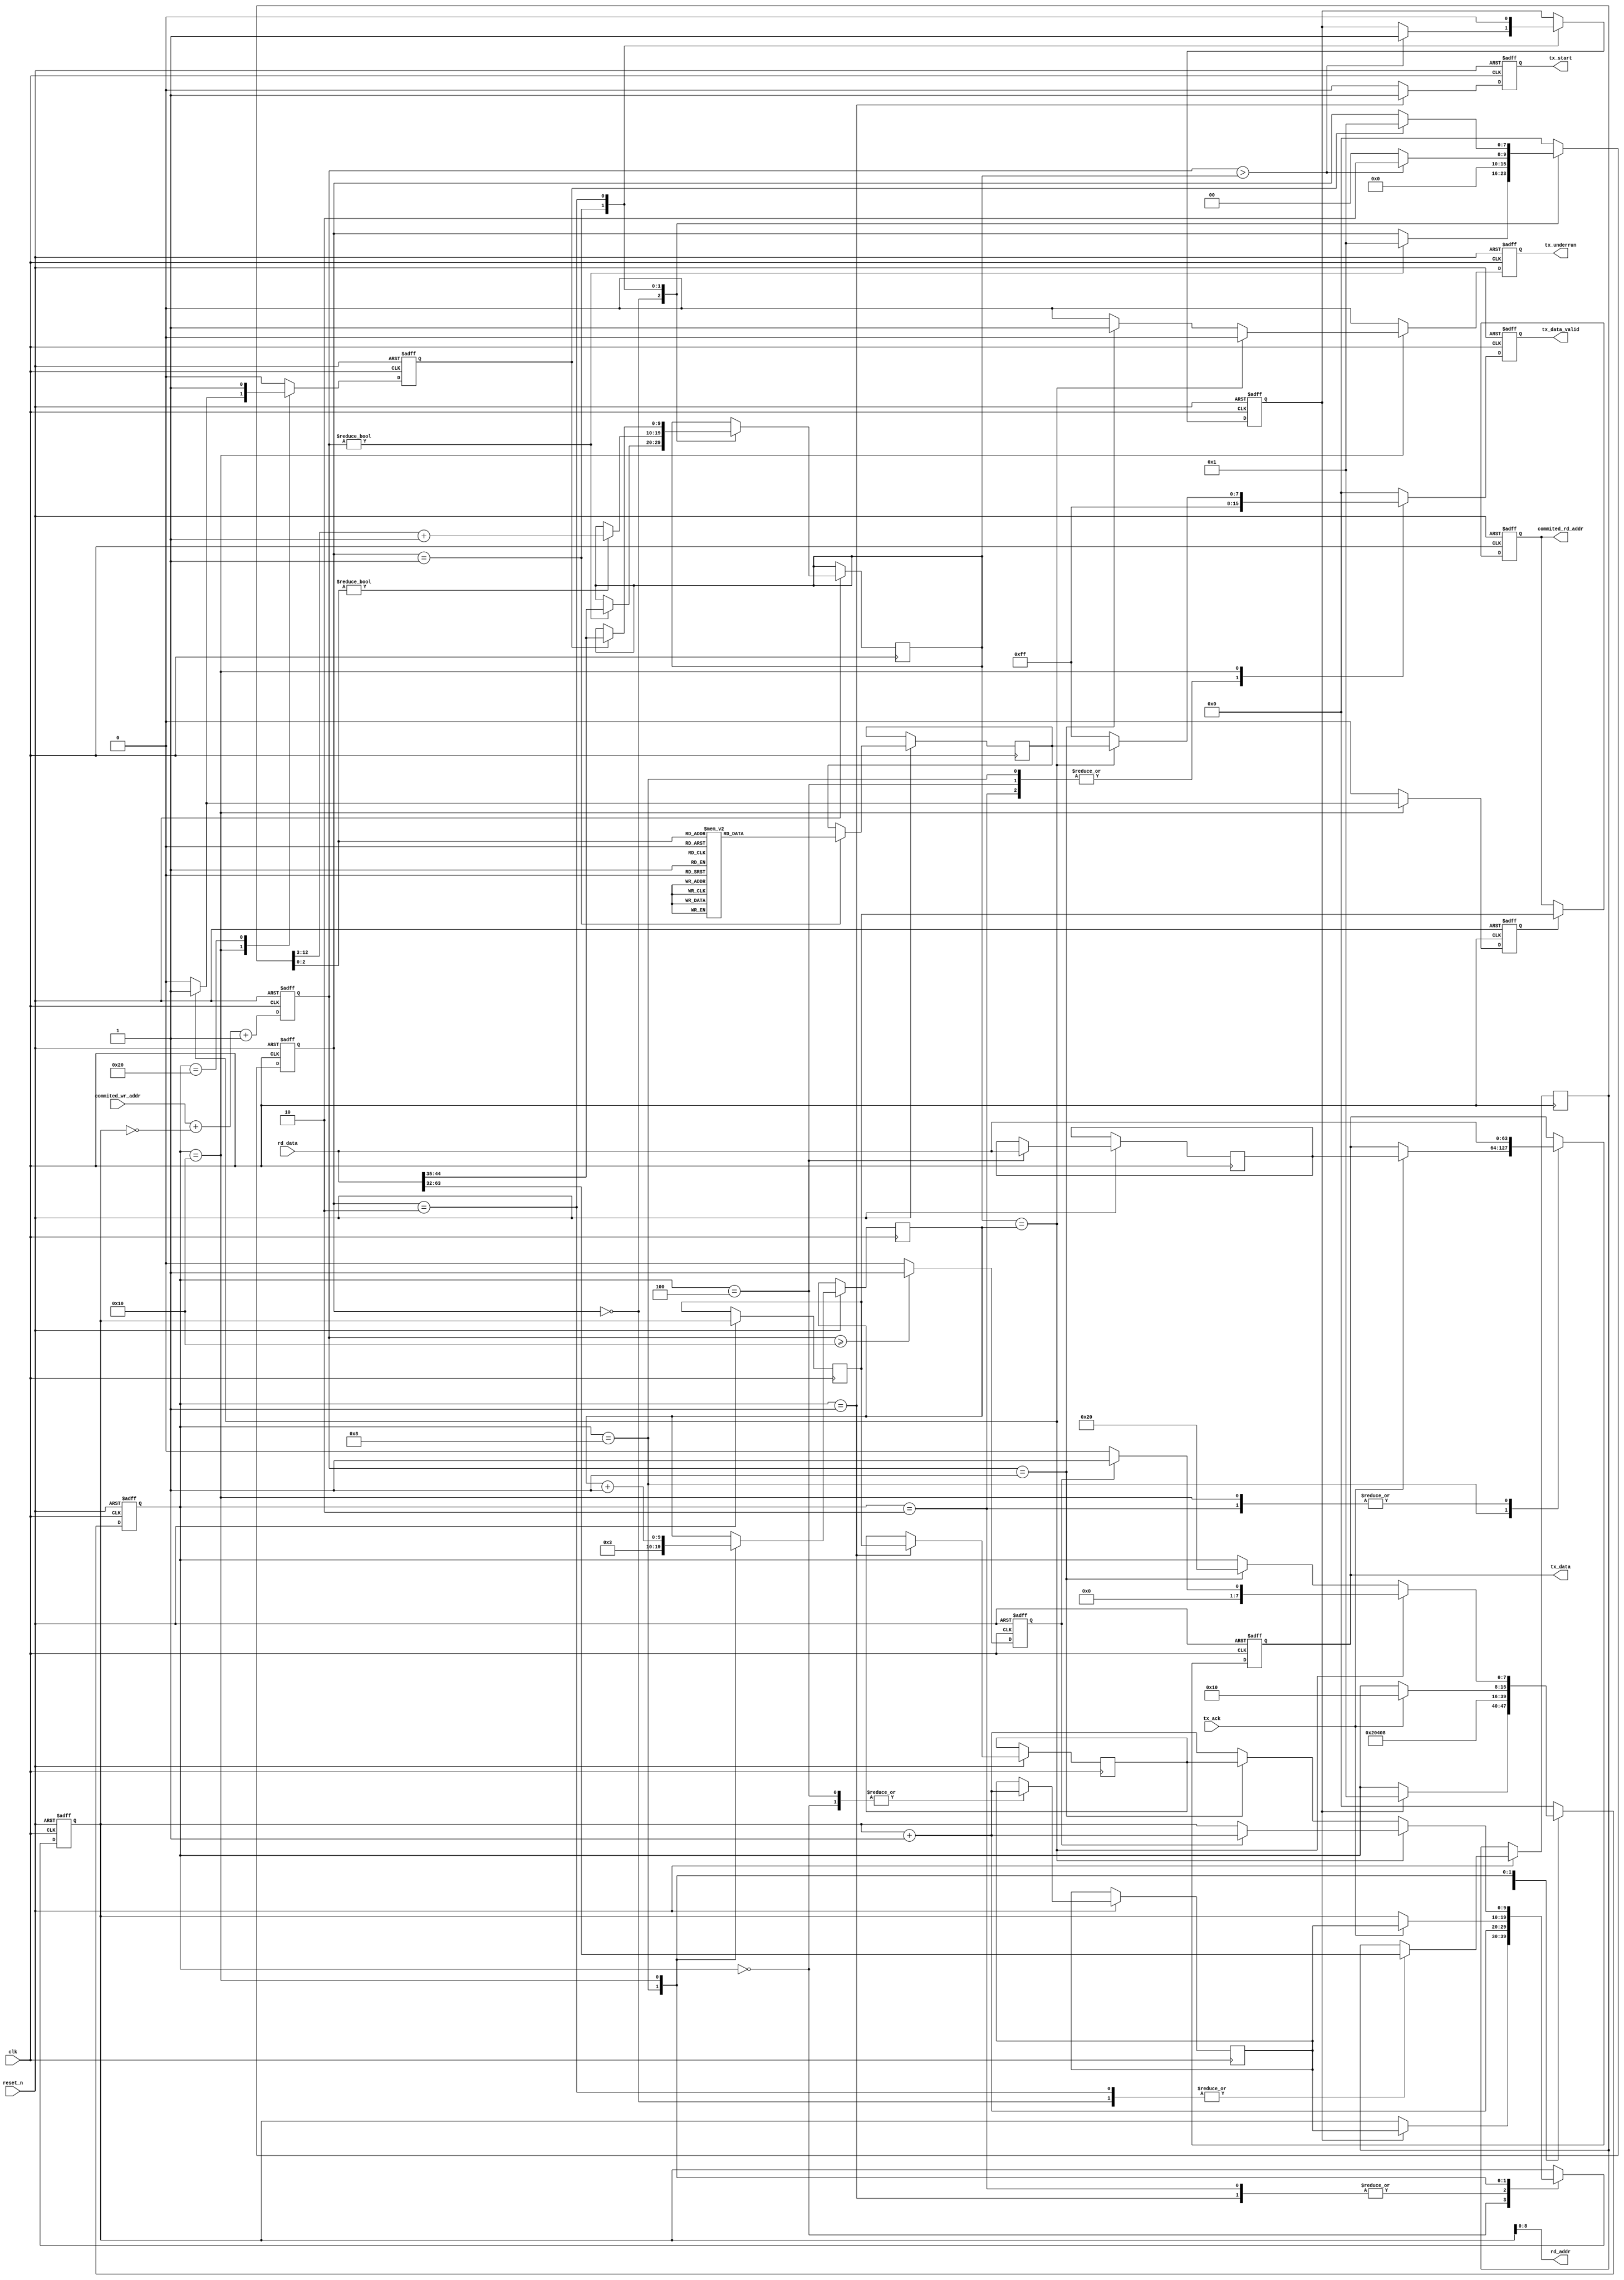
module tx_mac_interface (

    input    clk,
    input    reset_n,

    // MAC Rx
    output reg                tx_underrun,
    output reg    [63:0]      tx_data,
    output reg    [7:0]       tx_data_valid,
    output reg                tx_start,
    input                     tx_ack,

    // Internal memory driver
    output        [8:0]       rd_addr,
    input         [63:0]      rd_data,
    
    
    // Internal logic
    output reg    [9:0]       commited_rd_addr,
    input         [9:0]       commited_wr_addr

    );

    // localparam
    localparam s0 = 8'b00000000;
    localparam s1 = 8'b00000001;
    localparam s2 = 8'b00000010;
    localparam s3 = 8'b00000100;
    localparam s4 = 8'b00001000;
    localparam s5 = 8'b00010000;
    localparam s6 = 8'b00100000;
    localparam s7 = 8'b01000000;
    localparam s8 = 8'b10000000;

    //-------------------------------------------------------
    // Local trigger_eth_frame
    //-------------------------------------------------------
    reg     [7:0]     trigger_frame_fsm;
    reg     [31:0]    byte_counter;
    reg     [9:0]     qwords_in_eth;
    reg     [9:0]     diff;
    reg     [9:0]     rd_addr_i;
    reg               trigger_tx_frame;
    reg     [7:0]     last_tx_data_valid;
    reg               take_your_chances;

    //-------------------------------------------------------
    // Local ethernet frame transmition and memory read
    //-------------------------------------------------------
    reg     [7:0]     tx_frame_fsm;
    reg     [9:0]     qwords_sent;
    reg               synch;
    reg     [9:0]     next_rd_addr;
    reg     [9:0]     rd_addr_sof;
    reg     [9:0]     rd_addr_prev0;
    reg     [63:0]    rd_data_aux;
    reg               end_of_eth_frame;
    ////////////////////////////////////////////////
    // INSTRUMENTATION
    ////////////////////////////////////////////////
    `ifdef INSTRUMENTATION
    (* KEEP = "TRUE" *)reg     [31:0]    frames_sent;
    `endif
    ////////////////////////////////////////////////
    // INSTRUMENTATION
    ////////////////////////////////////////////////

    assign rd_addr = rd_addr_i;

    ////////////////////////////////////////////////
    // trigger_eth_frame
    ////////////////////////////////////////////////
    always @( posedge clk or negedge reset_n ) begin

        if (!reset_n ) begin  // reset
            take_your_chances <= 1'b0;
            diff <= 'b0;
            trigger_tx_frame <= 1'b0;
            trigger_frame_fsm <= s0;
        end
        
        else begin  // not reset

            take_your_chances <= 1'b0;
            if (diff >= 'h10) begin
                take_your_chances <= 1'b1;
            end
            
            diff <= commited_wr_addr + (~rd_addr_i) +1;
            
            case (trigger_frame_fsm)

                s0 : begin
                    byte_counter <= rd_data[63:32];
                    if (diff) begin
                        qwords_in_eth <= rd_data[44:35];
                        trigger_frame_fsm <= s1;
                    end
                end

                s1 : begin
                    if (byte_counter[2:0]) begin
                        qwords_in_eth <= byte_counter[12:3] +1;
                    end

                    case (byte_counter[2:0])                    // my deco
                        3'b000 : begin
                            last_tx_data_valid <= 8'b11111111;
                        end
                        3'b001 : begin
                            last_tx_data_valid <= 8'b00000001;
                        end
                        3'b010 : begin
                            last_tx_data_valid <= 8'b00000011;
                        end
                        3'b011 : begin
                            last_tx_data_valid <= 8'b00000111;
                        end
                        3'b100 : begin
                            last_tx_data_valid <= 8'b00001111;
                        end
                        3'b101 : begin
                            last_tx_data_valid <= 8'b00011111;
                        end
                        3'b110 : begin
                            last_tx_data_valid <= 8'b00111111;
                        end
                        3'b111 : begin
                            last_tx_data_valid <= 8'b01111111;
                        end
                    endcase

                    if (diff > qwords_in_eth) begin
                        trigger_tx_frame <= 1'b1;
                        trigger_frame_fsm <= s2;
                    end
                    else begin
                        trigger_frame_fsm <= s0;
                    end
                end

                s2 : begin
                    trigger_tx_frame <= 1'b0;
                    byte_counter <= rd_data[63:32];
                    if (synch) begin
                        qwords_in_eth <= rd_data[44:35];
                        trigger_frame_fsm <= s1;
                    end
                end

                default : begin 
                    trigger_frame_fsm <= s0;
                end

            endcase
        end     // not reset
    end  //always

    ////////////////////////////////////////////////
    // ethernet frame transmition and memory read
    ////////////////////////////////////////////////
    always @( posedge clk or negedge reset_n ) begin

        if (!reset_n ) begin  // reset
            tx_underrun <= 1'b0;
            rd_addr_i <= 'b0;
            tx_start <= 1'b0;
            tx_data_valid <= 'b0;
            tx_data <= 'b0;
            synch <= 1'b0;
            end_of_eth_frame <= 1'b0;
            commited_rd_addr <= 'b0;
            `ifdef INSTRUMENTATION
            frames_sent <= 'b0;
            `endif
            tx_frame_fsm <= s0;
        end
        
        else begin  // not reset
            
            synch <= 1'b0;
            tx_underrun <= 1'b0;
            tx_start <= 1'b0;
            tx_data_valid <= 'b0;
            rd_addr_prev0 <= rd_addr_i;
            end_of_eth_frame <= 1'b0;

            if (end_of_eth_frame) begin
                commited_rd_addr <= rd_addr_prev0;
            end

////////////////////////////////////////////////
// INSTRUMENTATION
////////////////////////////////////////////////
`ifdef INSTRUMENTATION
            if (end_of_eth_frame) begin
                frames_sent <= frames_sent +1;
            end
`endif
////////////////////////////////////////////////
// INSTRUMENTATION
////////////////////////////////////////////////

            case (tx_frame_fsm)

                s0: begin
                    next_rd_addr <= rd_addr_i +1;
                    if (trigger_tx_frame) begin
                        rd_addr_i <= next_rd_addr;
                        tx_frame_fsm <= s1;
                    end
                end

                s1 : begin
                    rd_addr_sof <= rd_addr_prev0;
                    rd_addr_i <= rd_addr_i +1;
                    tx_start <= 1'b1;
                    tx_frame_fsm <= s2;
                end

                s2 : begin
                    tx_data <= rd_data;
                    tx_data_valid <= 'hFF;
                    rd_addr_i <= rd_addr_i +1;
                    tx_frame_fsm <= s3;
                end

                s3 : begin
                    tx_data_valid <= 'hFF;
                    next_rd_addr <= rd_addr_i +1;
                    rd_data_aux <= rd_data;
                    tx_frame_fsm <= s4;
                end

                s4 : begin
                    tx_data_valid <= 'hFF;
                    qwords_sent <= 'h003;
                    if (tx_ack) begin
                        tx_data <= rd_data_aux;
                        rd_addr_i <= next_rd_addr;
                        tx_frame_fsm <= s5;
                    end
                end

                s5 : begin
                    tx_data <= rd_data;
                    rd_addr_i <= rd_addr_i +1;
                    tx_data_valid <= 'hFF;
                    qwords_sent <= qwords_sent +1;
                    if (qwords_in_eth == qwords_sent) begin
                        synch <= 1'b1;
                        end_of_eth_frame <= 1'b1;
                        tx_data_valid <= last_tx_data_valid;
                        if (!take_your_chances) begin           // the normal case
                            rd_addr_i <= rd_addr_i;
                            tx_frame_fsm <= s0;
                        end
                        else begin
                            tx_frame_fsm <= s1;
                        end
                    end
                    else if (diff == 'h1) begin
                        tx_underrun <= 1'b1;
                        rd_addr_i <= rd_addr_sof;
                        tx_frame_fsm <= s6;
                    end
                end

                s6 : begin
                    synch <= 1'b1;
                    tx_frame_fsm <= s0;
                end

                default : begin 
                    tx_frame_fsm <= s0;
                end

            endcase

        end     // not reset
    end  //always

endmodule